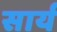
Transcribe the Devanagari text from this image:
सार्य